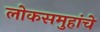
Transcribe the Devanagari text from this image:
लोकसमुहांचे